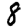
Digit: 8